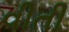
વીતી